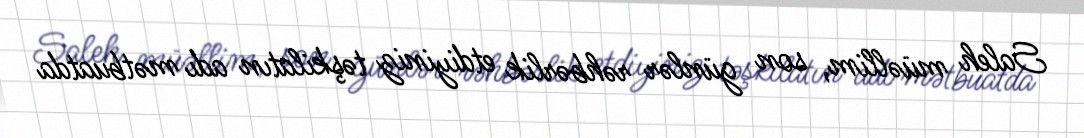
Saleh müəllim, son günlər rəhbərlik etdiyiniz təşkilatın adı mətbuatda